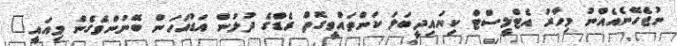
ނުޖެހޭނެއެއްނު މިހާރު އެޓްލީސްޓް ކިޔައިދީބަލަ ކަންތައްވީގޮތް ރެޑްގެ ދުލުން އަޑުއަހަން ބޭނުންވެގެން މިއައީ"